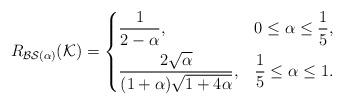
LaTeX: \begin{align*}R_{\mathcal{BS}(\alpha)}(\mathcal{K})&=\begin{dcases}\dfrac{1}{2-\alpha }, & 0\leq \alpha\leq \frac{1}{5},\\\dfrac{2\sqrt{\alpha}}{(1+\alpha)\sqrt{ 1+4\alpha }},& \frac{1}{5}\leq\alpha \leq 1.\end{dcases}\end{align*}